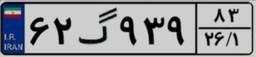
۶۲گ۹۳۹۸۳